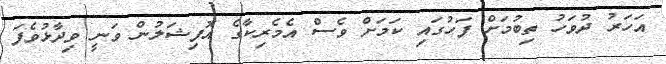
އަހަރު ދުވަހު ތިބުމަށް ފަހުގައި ކަމަށް ވެސް އެމެރިކާގެ އޮފިޝަލުން ވަނީ ވިދާޅުވެފަ